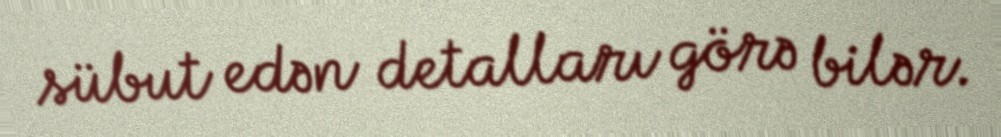
sübut edən detalları görə bilər.